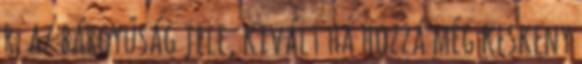
r. az bárgyúság jele, kivált ha hozzá még keskeny